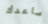
ساعدك